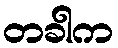
တခါက